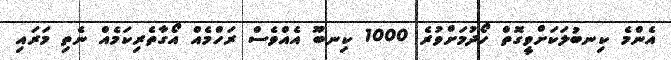
އެންމެ ކިނބުލަކަށްވީގޮތް ހޯދުމަށްވުރެ 1000 ކިނބޫ އެއްވެސް ރަހްމެއް އޯގާތެރިކަމެއް ނެތި މަރައި